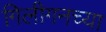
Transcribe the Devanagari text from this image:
गिलीगनच्या